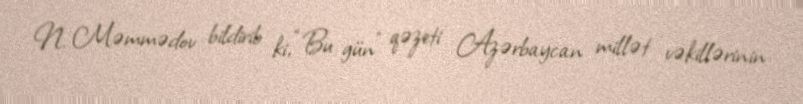
N. Məmmədov bildirib ki, “Bu gün” qəzeti Azərbaycan millət vəkillərinin